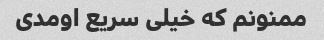
ممنونم که خیلی سریع اومدی